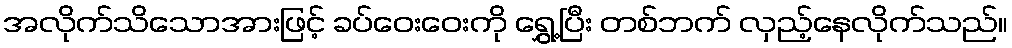
အလိုက်သိသောအားဖြင့် ခပ်ဝေးဝေးကို ရွှေ့ပြီး တစ်ဘက် လှည့်နေလိုက်သည်။